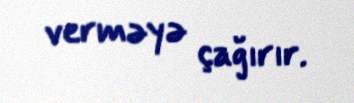
verməyə çağırır.